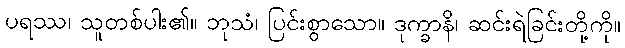
ပရဿ၊ သူတစ်ပါး၏။ ဘုသံ၊ ပြင်းစွာသော။ ဒုက္ခာနိ၊ ဆင်းရဲခြင်းတို့ကို။